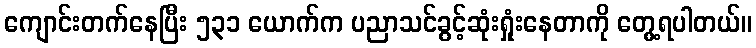
ကျောင်းတက်နေပြီး ၅၃၁ ယောက်က ပညာသင်ခွင့်ဆုံးရှုံးနေတာကို တွေ့ရပါတယ်။